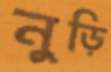
নুড়ি